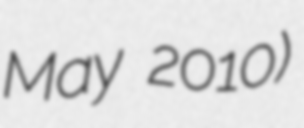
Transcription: May 2010)